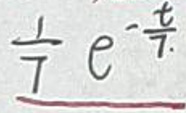
$\frac{1}{7}e^{-\frac{1}{7}}$